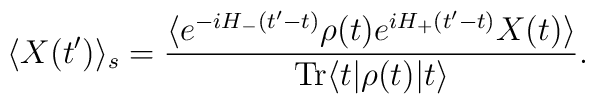
\langle X(t')\rangle_s=\frac{\langle e^{-iH_-(t'-t)} \rho(t) e^{iH_+(t'-t)}X(t) \rangle}{ {\rm Tr} \langle t | \rho(t) |t \rangle}.